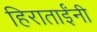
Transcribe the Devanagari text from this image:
हिराताईंनी